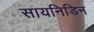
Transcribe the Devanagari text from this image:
सायनिडिन